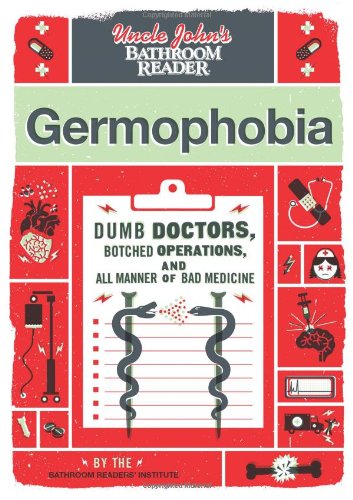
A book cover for Uncle John's Bathroom Reader Germophobia; Bathroom Readers' Institute; Humor & Entertainment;